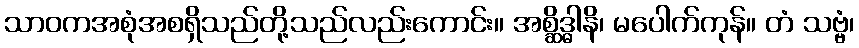
သာဝကအစုံအစရှိသည်တို့သည်လည်းကောင်း။ အစ္ဆိဒ္ဓါနိ၊ မပေါက်ကုန်။ တံ သဗ္ဗံ၊